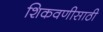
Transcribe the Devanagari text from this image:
शिकवणीसाठी